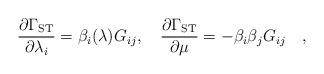
LaTeX: \begin{align*}{{\partial \Gamma_{\rm ST}}\over{\partial \lambda_i}} = \beta_i(\lambda)G_{ij} , \quad{{\partial \Gamma_{\rm ST}}\over{\partial \mu}} = - \beta_i \beta_j G_{ij} \quad ,\end{align*}